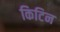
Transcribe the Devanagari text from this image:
किटिन